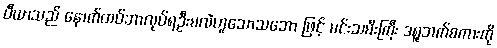
ပီယာသည် နောက်ထပ်ဘာလုပ်ရဦးမလဲဟူသောသဘော ဖြင့် မင်းသမီးကြီး ဒရူဘက်စကားကို